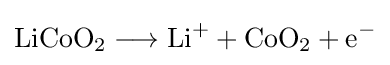
{\mathrm {LiCoO} {\vphantom {A}}_{\smash[{t}]{2}}{}\mathrel {\longrightarrow } {}\mathrm {Li} {\vphantom {A}}^{+}{}+{}\mathrm {CoO} {\vphantom {A}}_{\smash[{t}]{2}}{}+{}\mathrm {e} {\vphantom {A}}^{-}}